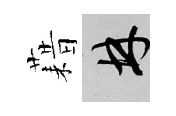
藉林